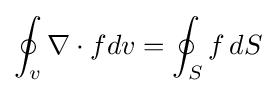
\oint _{v}\nabla \cdot fdv=\oint _{S}f\,dS